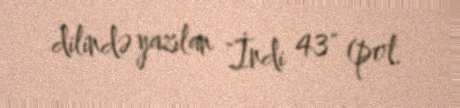
dilində yazılan "İndi 43" (pol.